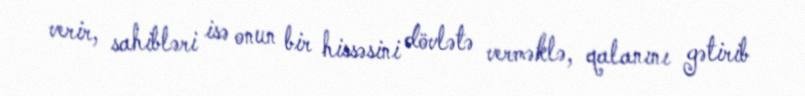
verir, sahibləri isə onun bir hissəsini dövlətə verməklə, qalanını gətirib